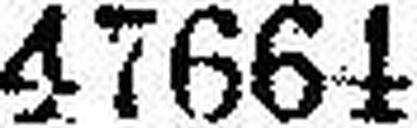
47664